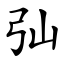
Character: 㢫